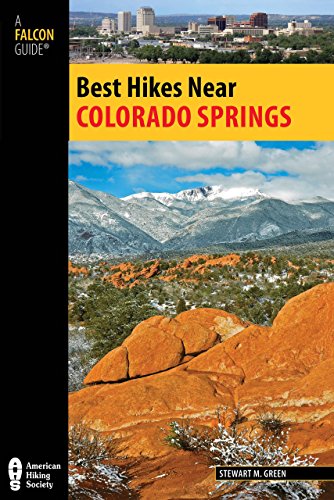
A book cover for Best Hikes Near Colorado Springs (Best Hikes Near Series); Stewart M. Green; Travel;